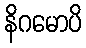
နိဂမောပိ